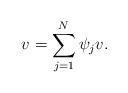
LaTeX: \begin{align*}v=\sum_{j=1}^N\psi_jv.\end{align*}